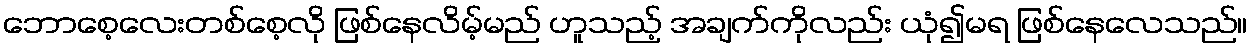
ဘောစေ့လေးတစ်စေ့လို ဖြစ်နေလိမ့်မည် ဟူသည့် အချက်ကိုလည်း ယုံ၍မရ ဖြစ်နေလေသည်။